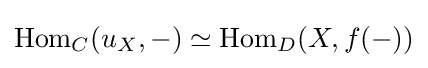
\operatorname {Hom} _{C}(u_{X},-)\simeq \operatorname {Hom} _{D}(X,f(-))